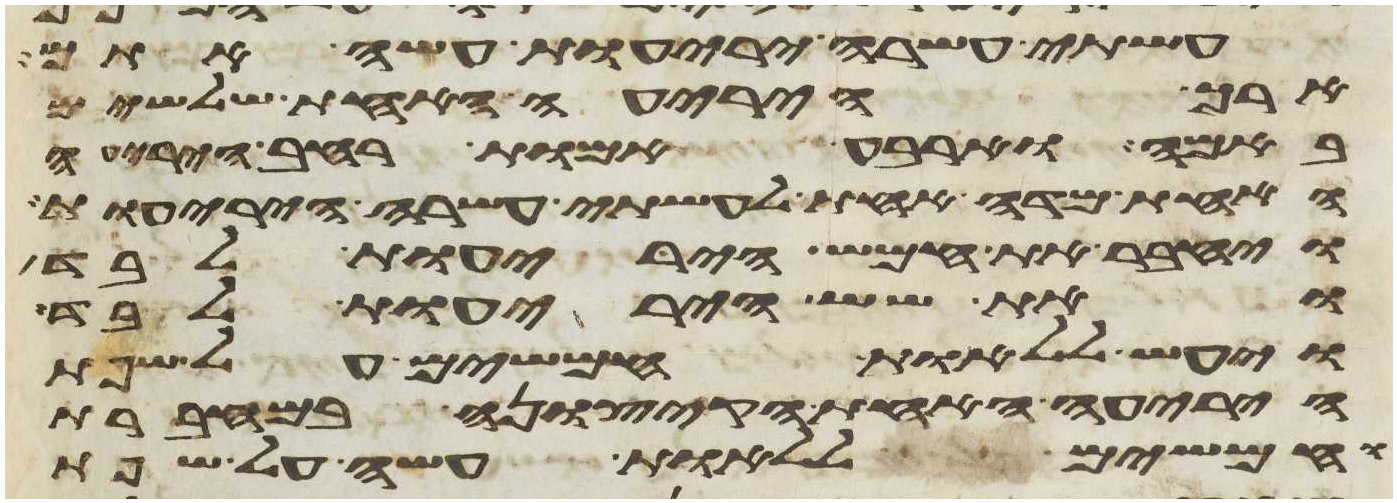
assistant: עשתה עשרה יריעות עשה אתם
ארך היריעה האחת שלשים
באמה וארבע אמות רחב היריעה
האחת מדה אחת לעשתה עשרה היריעות
ויחבר את חמש היריעות לבד
ואת שש היריעות לבד
ויעש ללאות חמשים על שפת
היריעה האחת הקצונה במחברת
וחמשים ללאות עשה על שפת